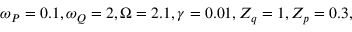
\omega _ { P } = 0 . 1 , \omega _ { Q } = 2 , \Omega = 2 . 1 , \gamma = 0 . 0 1 , Z _ { q } = 1 , Z _ { p } = 0 . 3 ,